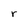
Character: r